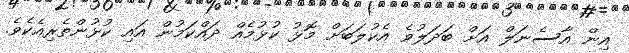
އިން އާސެނަލް އަށް ބަދަލުވެ އެކުލަބަށް މޮޅު ކުޅުމެއް ދައްކަމުން އައި ކުޅުންތެރިއެކެވެ.